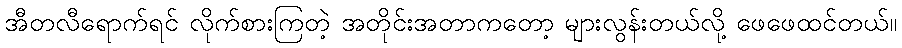
အီတလီရောက်ရင် လိုက်စားကြတဲ့ အတိုင်းအတာကတော့ များလွန်းတယ်လို့ ဖေဖေထင်တယ်။